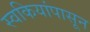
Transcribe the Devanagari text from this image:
स्वकियांपासून